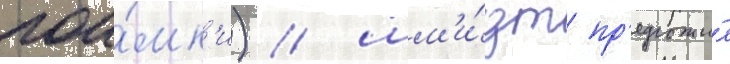
пои́мк'и) / шм'и́дт пр'едложи́л